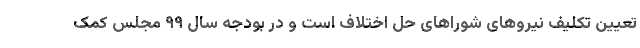
تعیین تکلیف نیروهای شوراهای حل اختلاف است و در بودجه سال ٩٩ مجلس کمک